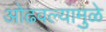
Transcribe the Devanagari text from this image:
ओढवल्यामुळे